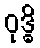
ဝုဒ္ဓိ